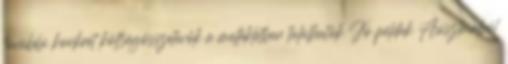
további konkrét költségösszetevők a mellékletben találhatók Jó példák Ausztriából